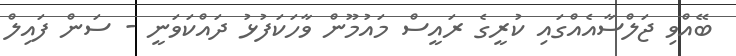
ބޭއްވި ޖަލްސާއެއްގައި ކުރީގެ ރައީސް މައުމޫން ވާހަކަފުޅު ދައްކަވަނީ - ސަން ފައިލް